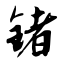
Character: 锗